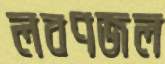
লবণজল